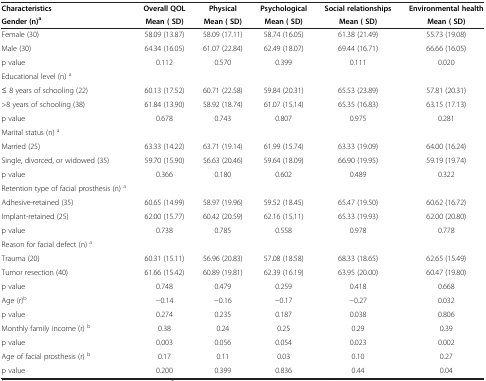
<table><thead><tr><td><b>Characteristics</b></td><td><b>Overall QOL</b></td><td><b>Physical</b></td><td><b>Psychological</b></td><td><b>Social relationships</b></td><td><b>Environmental health</b></td></tr><tr><td><b>Gender (n)<sup>a</sup></b></td><td><b>Mean ( SD)</b></td><td><b>Mean ( SD)</b></td><td><b>Mean ( SD)</b></td><td><b>Mean ( SD)</b></td><td><b>Mean ( SD)</b></td></tr></thead><tbody><tr><td>Female (30)</td><td>58.09 (13.87)</td><td>58.09 (17.11)</td><td>58.74 (16.05)</td><td>61.38 (21.49)</td><td>55.73 (19.08)</td></tr><tr><td>Male (30)</td><td>64.34 (16.05)</td><td>61.07 (22.84)</td><td>62.49 (18.07)</td><td>69.44 (16.71)</td><td>66.66 (16.05)</td></tr><tr><td>p value</td><td>0.112</td><td>0.570</td><td>0.399</td><td>0.111</td><td>0.020</td></tr><tr><td>Educational level (n) <sup>a</sup></td><td> </td><td> </td><td> </td><td> </td><td> </td></tr><tr><td>≤ 8 years of schooling (22)</td><td>60.13 (17.52)</td><td>60.71 (22.58)</td><td>59.84 (20.31)</td><td>65.53 (23.89)</td><td>57.81 (20.31)</td></tr><tr><td>&gt;8 years of schooling (38)</td><td>61.84 (13.90)</td><td>58.92 (18.74)</td><td>61.07 (15.14)</td><td>65.35 (16.83)</td><td>63.15 (17.13)</td></tr><tr><td>p value</td><td>0.678</td><td>0.743</td><td>0.807</td><td>0.975</td><td>0.281</td></tr><tr><td>Marital status (n) <sup>a</sup></td><td> </td><td> </td><td> </td><td> </td><td> </td></tr><tr><td>Married (25)</td><td>63.33 (14.22)</td><td>63.71 (19.14)</td><td>61.99 (15.74)</td><td>63.33 (19.09)</td><td>64.00 (16.24)</td></tr><tr><td>Single, divorced, or widowed (35)</td><td>59.70 (15.90)</td><td>56.63 (20.46)</td><td>59.64 (18.09)</td><td>66.90 (19.95)</td><td>59.19 (19.74)</td></tr><tr><td>p value</td><td>0.366</td><td>0.180</td><td>0.602</td><td>0.489</td><td>0.322</td></tr><tr><td>Retention type of facial prosthesis (n) <sup>a</sup></td><td> </td><td> </td><td> </td><td> </td><td> </td></tr><tr><td>Adhesive-retained (35)</td><td>60.65 (14.99)</td><td>58.97 (19.96)</td><td>59.52 (18.45)</td><td>65.47 (19.50)</td><td>60.62 (16.72)</td></tr><tr><td>Implant-retained (25)</td><td>62.00 (15.77)</td><td>60.42 (20.59)</td><td>62.16 (15.11)</td><td>65.33 (19.93)</td><td>62.00 (20.80)</td></tr><tr><td>p value</td><td>0.738</td><td>0.785</td><td>0.558</td><td>0.978</td><td>0.778</td></tr><tr><td>Reason for facial defect (n) <sup>a</sup></td><td> </td><td> </td><td> </td><td> </td><td> </td></tr><tr><td>Trauma (20)</td><td>60.31 (15.11)</td><td>56.96 (20.83)</td><td>57.08 (18.58)</td><td>68.33 (18.65)</td><td>62.65 (15.49)</td></tr><tr><td>Tumor resection (40)</td><td>61.66 (15.42)</td><td>60.89 (19.81)</td><td>62.39 (16.19)</td><td>63.95 (20.00)</td><td>60.47 (19.80)</td></tr><tr><td>p value</td><td>0.748</td><td>0.479</td><td>0.259</td><td>0.418</td><td>0.668</td></tr><tr><td>Age (r)<sup>b</sup></td><td>−0.14</td><td>−0.16</td><td>−0.17</td><td>−0.27</td><td>0.032</td></tr><tr><td>p value</td><td>0.274</td><td>0.235</td><td>0.187</td><td>0.038</td><td>0.806</td></tr><tr><td>Monthly family income (r) <sup>b</sup></td><td>0.38</td><td>0.24</td><td>0.25</td><td>0.29</td><td>0.39</td></tr><tr><td>p value</td><td>0.003</td><td>0.056</td><td>0.054</td><td>0.023</td><td>0.002</td></tr><tr><td>Age of facial prosthesis (r) <sup>b</sup></td><td>0.17</td><td>0.11</td><td>0.03</td><td>0.10</td><td>0.27</td></tr><tr><td>p value</td><td>0.200</td><td>0.399</td><td>0.836</td><td>0.44</td><td>0.04</td></tr></tbody></table>